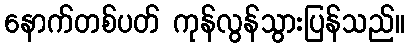
နောက်တစ်ပတ် ကုန်လွန်သွားပြန်သည်။